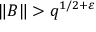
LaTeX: \| B \| > q ^ { 1 / 2 + \varepsilon }